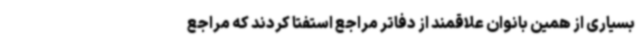
بسیاری از همین بانوان علاقمند از دفاتر مراجع استفتا کردند که مراجع